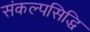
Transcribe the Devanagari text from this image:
संकल्पसिद्धि